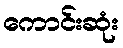
ကောင်းဆုံး